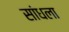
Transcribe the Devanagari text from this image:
सांधला